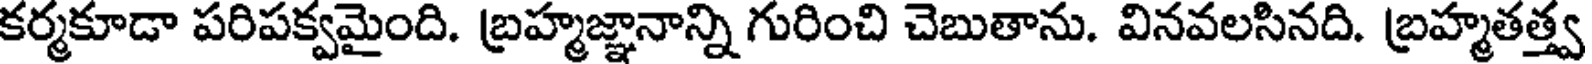
కర్మకూడా పరిపక్వమైంది. బ్రహ్మజ్ఞానాన్ని గురించి చెబుతాను. వినవలసినది. బ్రహ్మతత్త్వ